Annual report on the working of the mental hospitals in the Madras Presidency - 1912-1932
Year: 1912
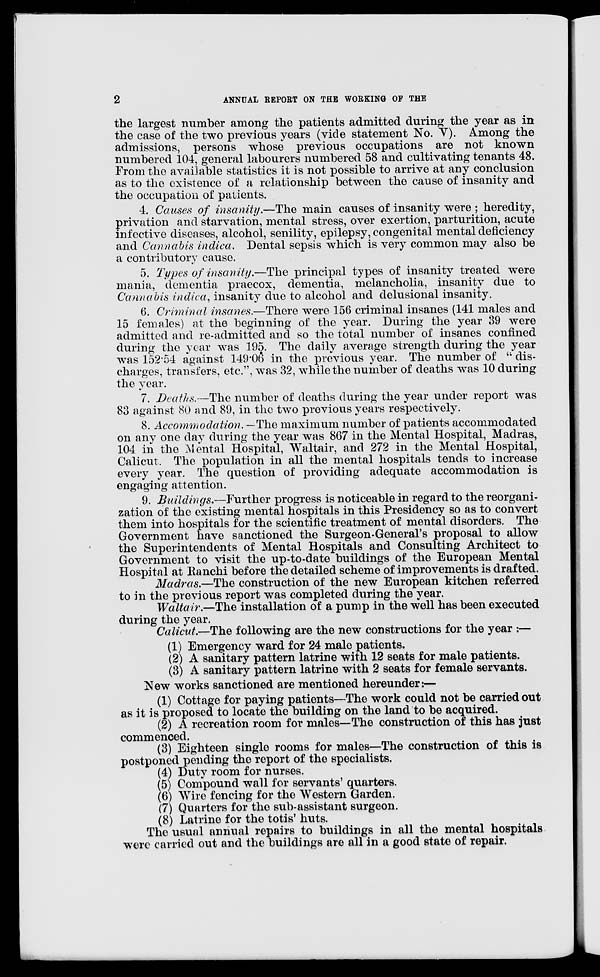
2
ANNUAL REPORT ON THE WORKING OF THE
the largest number among the patients admitted during the year as in
the case of the two previous years (vide statement No. V). Among the
admissions, persons whose previous occupations are not known
numbered 104, general labourers numbered 58 and cultivating tenants 48.
From the available statistics it is not possible to arrive at any conclusion
as to the existence of a relationship between the cause of insanity and
the occupation of patients.
4. Causes of insanity.—The main causes of insanity were ; heredity,
privation and starvation, mental stress, over exertion, parturition, acute
infective diseases, alcohol, senility, epilepsy, congenital mental deficiency
and Cannabis indica. Dental sepsis which is very common may also be
a contributory cause.
5. Types of insanity.—The principal types of insanity treated were
mania, dementia praecox, dementia, melancholia, insanity due to
Cannabis indica, insanity due to alcohol and delusional insanity.
6. Criminal insanes.—There were 156 criminal insanes (141 males and
15 females) at the beginning of the year. During the year 39 were
admitted and re-admitted and so the total number of insanes confined
during the year was 195. The daily average strength during the year
was 152.54 against 149.06 in the previous year. The number of " dis-
charges, transfers, etc.", was 32, while the number of deaths was 10 during
the year.
7. Deaths.—The number of deaths during the year under report was
83 against 80 and 89, in the two previous years respectively.
8. Accommodation. —The maximum number of patients accommodated
on any one day during the year was 867 in the Mental Hospital, Madras,
104 in the Mental Hospital, Waltair, and 272 in the Mental Hospital,
Calicut. The population in all the mental hospitals tends to increase
every year. The question of providing adequate accommodation is
engaging attention.
9. Buildings.—Further
progress is noticeable in regard to the reorgani-
zation of the existing mental hospitals in this Presidency so as to convert
them into hospitals for the scientific treatment of mental disorders. The
Government have sanctioned the Surgeon-General's proposal to allow
the Superintendents of Mental Hospitals and Consulting Architect to
Government to visit the up-to-date buildings of the European Mental
Hospital at Ranchi before the detailed scheme of improvements is drafted.
Madras.—The construction of the new European kitchen referred
to in the previous report was completed during the year.
Waltair.—The installation of a pump in the well has been executed
during the year.
Calicut—The following are the new constructions for the year :—
(1) Emergency ward for 24 male patients.
(2) A sanitary pattern latrine with 12 seats for male patients.
(3) A sanitary pattern latrine with 2 seats for female servants.
New works sanctioned are mentioned hereunder:—
(1) Cottage for paying patients—The work could not be carried out
as it is proposed to locate the building on the land to be acquired.
(2) A recreation room for males—The construction of this has just
commenced.
(3) Eighteen single rooms for males—The construction of this is
postponed pending the report of the specialists.
(4) Duty room for nurses.
(5) Compound wall for servants' quarters.
(6) Wire fencing for the Western Garden.
(7) Quarters for the sub-assistant surgeon.
(8) Latrine for the totis' huts.
The usual annual repairs to buildings in all the mental hospitals
were carried out and the buildings are all in a good state of repair.